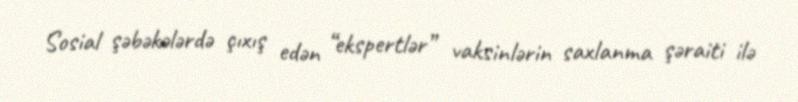
Sosial şəbəkələrdə çıxış edən “ekspertlər” vaksinlərin saxlanma şəraiti ilə